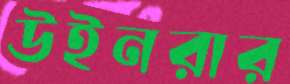
উইনরার